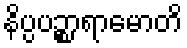
နိပ္ပပဉ္စာရာမောတိ